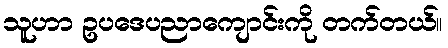
သူဟာ ဥပဒေပညာကျောင်းကို တက်တယ်။